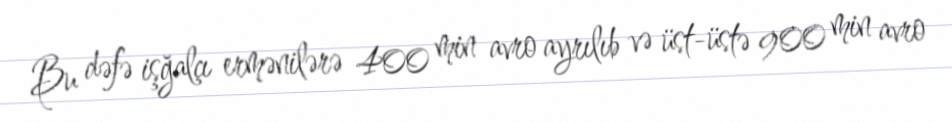
Bu dəfə işğalçı ermənilərə 400 min avro ayrılıb və üst-üstə 900 min avro